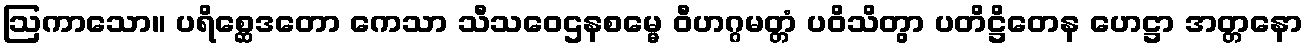
ဩကာသော။ ပရိစ္ဆေဒတော ကေသာ သီသဝေဌနစမ္မေ ဝီဟဂ္ဂမတ္တံ ပဝိသိတွာ ပတိဋ္ဌိတေန ဟေဋ္ဌာ အတ္တနော